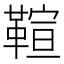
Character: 𩋢